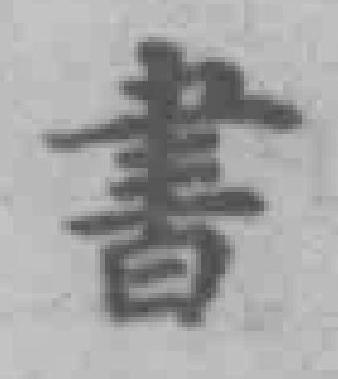
書